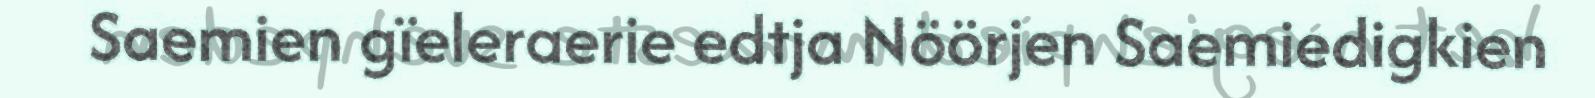
Saemien gïeleraerie edtja Nöörjen Saemiedigkien